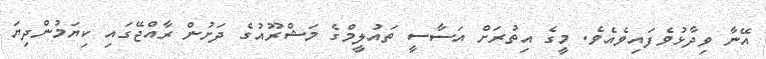
އޭނާ ވިދާޅުވެފައިވެއެވެ. މީގެ އިތުރަށް އަސާސީ ތައުލީމްގެ މަޝްރޫއުގެ ދަށުން ރާއްޖޭގައި ކިޔަމުންދިޔަ